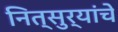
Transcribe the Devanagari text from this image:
नित्सुर्‍यांचे